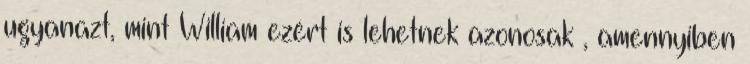
ugyanazt, mint William ezért is lehetnek azonosak , amennyiben